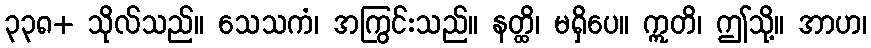
၃၃၈+ သိုလ်သည်။ သေသကံ၊ အကြွင်းသည်။ နတ္ထိ၊ မရှိပေ။ ဣတိ၊ ဤသို့။ အာဟ၊